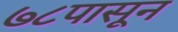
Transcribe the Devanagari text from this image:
७८पासून